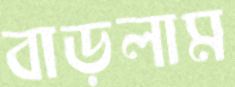
বাড়লাম